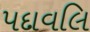
પદાવલિ